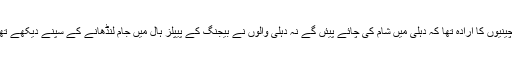
نہ چینیوں کا ارادہ تھا کہ دہلی میں شام کی چائے پیئں گے نہ دہلی والوں نے بیجنگ کے پیپلز ہال میں جام لنڈھانے کے سپنے دیکھے تھے۔